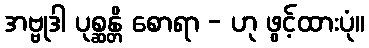
အဗ္ဗုဒါ ပုစ္ဆန္တိ စောရာ - ဟု ဖွင့်ထားပုံ။